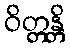
ဝိတ္တန္တိ